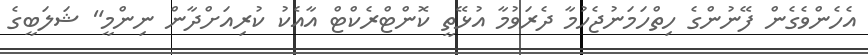
އެހެންވެގެން ފޭނުންގެ ހިތްހަމަނުޖެހުމާ ދެރަވުމާ އުޅޭތީ ކޮންޓްރެކްޓް އާއެކު ކުރިއަށްދާން ނިންމީ" ޝަލަބީގެ